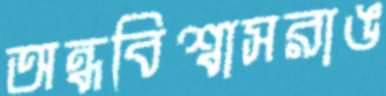
অন্ধবিশ্বাসরাঙ